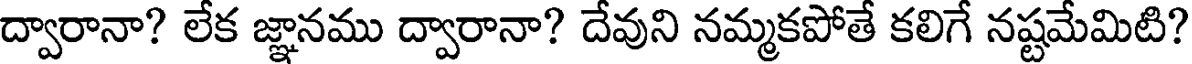
ద్వారానా? లేక జ్ఞానము ద్వారానా? దేవుని నమ్మకపోతే కలిగే నష్టమేమిటి?